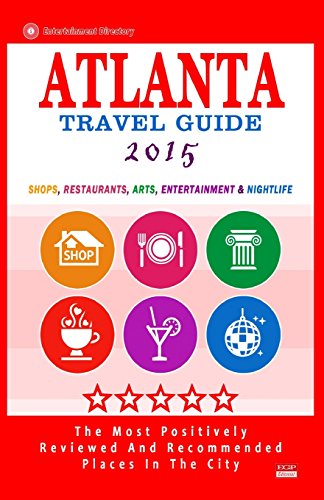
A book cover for Atlanta Travel Guide 2015: Shops, Restaurants, Arts, Entertainment and Nightlife in Atlanta, Georgia (City Travel Guide 2015); Steven A. Burbank; Travel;